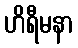
ဟိရီမနာ